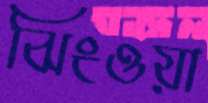
ঝিংওয়া